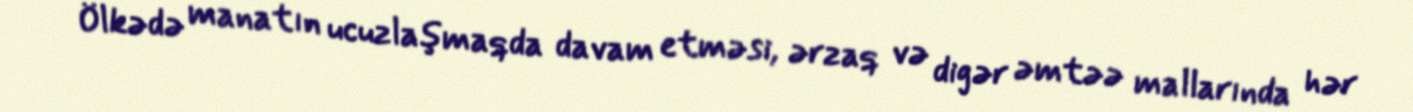
Ölkədə manatın ucuzlaşmaqda davam etməsi, ərzaq və digər əmtəə mallarında hər